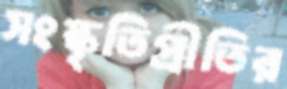
সংস্কৃতিপ্রীতির